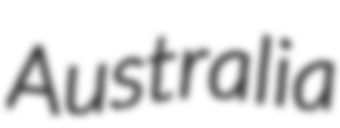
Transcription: Australia